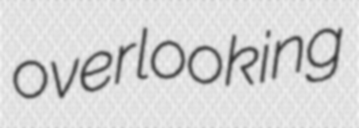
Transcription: overlooking